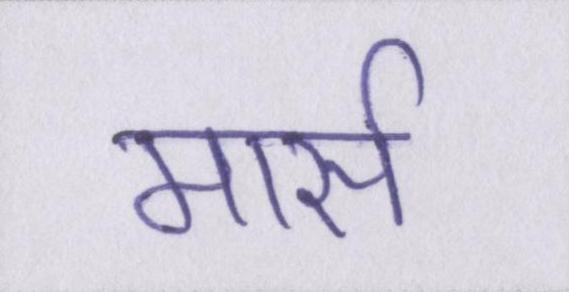
मार्स